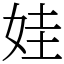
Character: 娃